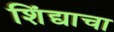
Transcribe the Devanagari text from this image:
शिंद्याचा